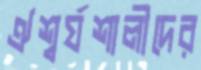
ঐশ্বর্যশালীদের